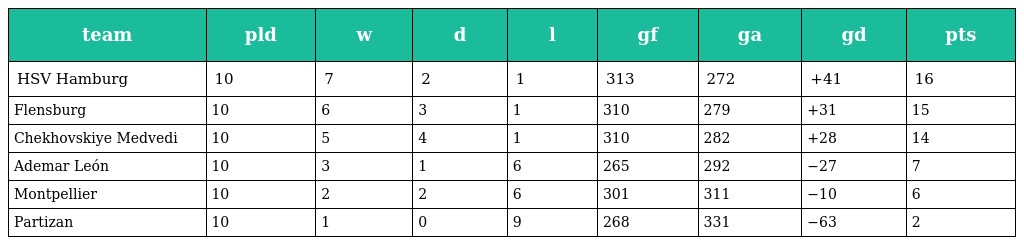
| team | pld | w | d | l | gf | ga | gd | pts |
 | --- | --- | --- | --- | --- | --- | --- | --- | --- |
 | HSV Hamburg | 10 | 7 | 2 | 1 | 313 | 272 | +41 | 16 |
 | Flensburg | 10 | 6 | 3 | 1 | 310 | 279 | +31 | 15 |
 | Chekhovskiye Medvedi | 10 | 5 | 4 | 1 | 310 | 282 | +28 | 14 |
 | Ademar León | 10 | 3 | 1 | 6 | 265 | 292 | −27 | 7 |
 | Montpellier | 10 | 2 | 2 | 6 | 301 | 311 | −10 | 6 |
 | Partizan | 10 | 1 | 0 | 9 | 268 | 331 | −63 | 2 |